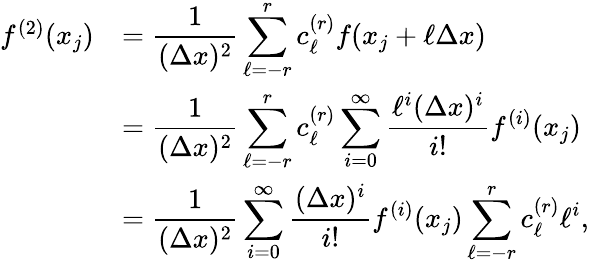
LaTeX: \begin{array}{rl}{f^{(2)}(x_{j})}&{=\displaystyle\frac{1}{(\Delta x)^{2}}\sum_{\ell=-r}^{r}c_{\ell}^{(r)}f(x_{j}+\ell\Delta x)}\\ &{=\displaystyle\frac{1}{(\Delta x)^{2}}\sum_{\ell=-r}^{r}c_{\ell}^{(r)}\sum_{i=0}^{\infty}\frac{\ell^{i}(\Delta x)^{i}}{i!}f^{(i)}(x_{j})}\\ &{=\displaystyle\frac{1}{(\Delta x)^{2}}\sum_{i=0}^{\infty}\frac{(\Delta x)^{i}}{i!}f^{(i)}(x_{j})\sum_{\ell=-r}^{r}c_{\ell}^{(r)}\ell^{i},}\end{array}